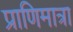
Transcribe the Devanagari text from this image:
प्राणिमात्रा